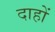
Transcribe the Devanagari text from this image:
दाहों